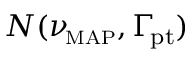
{ \cal N } ( \ensuremath { \ensuremath { \boldsymbol \nu } _ { \! \mathrm { { \scriptscriptstyle M A P } } } } , \ensuremath { \boldsymbol \Gamma _ { \! \mathrm { { p t } } } } )